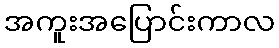
အကူးအပြောင်းကာလ